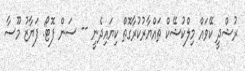
ރުޝްދީ ކޭވައް މިލްކުޝޭކް ތައްޔާރުކުރާގޮތް ކިޔައިދެނީ -- ސަން ފޮޓޯ: ފަޔާޒު މޫސާ